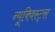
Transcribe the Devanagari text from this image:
न्यूक्विस्ट्स